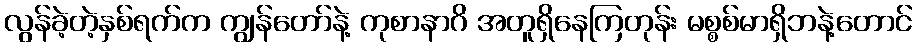
လွန်ခဲ့တဲ့နှစ်ရက်က ကျွန်တော်နဲ့ ကုစာနာဂိ အတူရှိနေကြတုန်း မစ္စစ်မာရှိဘနဲ့တောင်